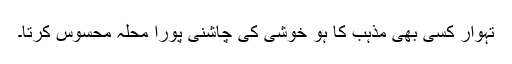
تہوار کسی بھی مذہب کا ہو خوشی کی چاشنی پورا محلہ محسوس کرتا۔